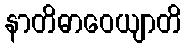
နာတိဓာဝေယျာတိ